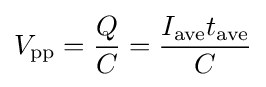
V_{\text{pp}}={\frac {Q}{C}}={\frac {I_{\text{ave}}t_{\text{ave}}}{C}}